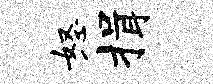
怒揖